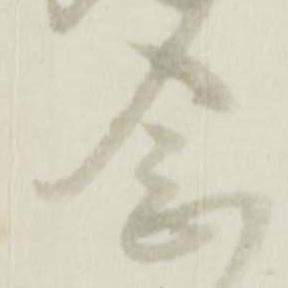
念